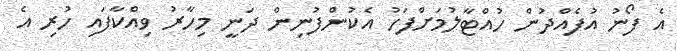
އެ ފޯނު އުފެއްދުން ހުއްޓާލުމަށްފަހު އެކުންފުނިން ދަނީ މިހާރު ވިއްކާފައި ހުރި އެ